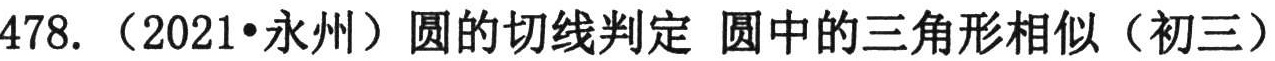
478. （2021•永州）圆的切线判定 圆中的三角形相似（初三）